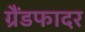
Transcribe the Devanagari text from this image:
ग्रैंडफादर